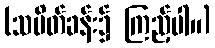
(သပိတ်ခန်း၌ ကြည့်ပါ။)